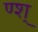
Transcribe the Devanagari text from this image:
ण्श्